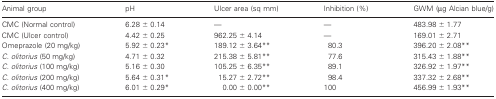
<table><thead><tr><td><b>Animal group</b></td><td><b>pH</b></td><td><b>Ulcer area (sq mm)</b></td><td><b>Inhibition (%)</b></td><td><b>GWM (μg Alcian blue/g)</b></td></tr></thead><tbody><tr><td>CMC (Normal control)</td><td>6.28 ± 0.14</td><td>—</td><td>—</td><td>483.98 ± 1.77</td></tr><tr><td>CMC (Ulcer control)</td><td>4.42 ± 0.25</td><td>962.25 ± 4.14</td><td>—</td><td>169.01 ± 2.71</td></tr><tr><td>Omeprazole (20 mg/kg)</td><td>5.92 ± 0.23*</td><td>189.12 ± 3.64**</td><td>80.3</td><td>396.20 ± 2.08**</td></tr><tr><td><i>C. olitorius</i> (50 mg/kg)</td><td>4.71 ± 0.32</td><td>215.38 ± 5.81**</td><td>77.6</td><td>315.43 ± 1.88**</td></tr><tr><td><i>C. olitorius</i> (100 mg/kg)</td><td>5.16 ± 0.30</td><td>105.25 ± 6.35**</td><td>89.1</td><td>326.92 ± 1.97**</td></tr><tr><td><i>C. olitorius</i> (200 mg/kg)</td><td>5.64 ± 0.31*</td><td>15.27 ± 2.72**</td><td>98.4</td><td>337.32 ± 2.68**</td></tr><tr><td><i>C. olitorius</i> (400 mg/kg)</td><td>6.01 ± 0.29*</td><td>0.00 ± 0.00**</td><td>100</td><td>456.99 ± 1.93**</td></tr></tbody></table>